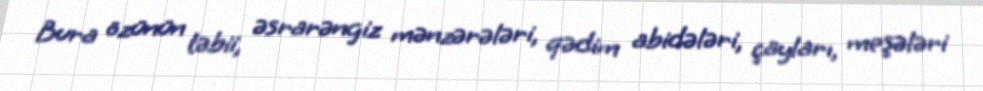
Bura özünün təbii, əsrarəngiz mənzərələri, qədim abidələri, çayları, meşələri